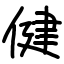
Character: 健